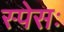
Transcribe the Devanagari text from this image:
स्पेसः